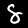
Label: 8